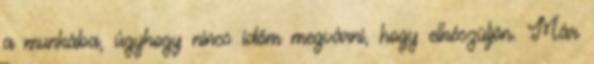
a munkába, úgyhogy nincs időm megvárni, hogy elkészüljön. Már